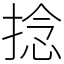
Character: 捻